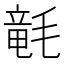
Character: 𣯡